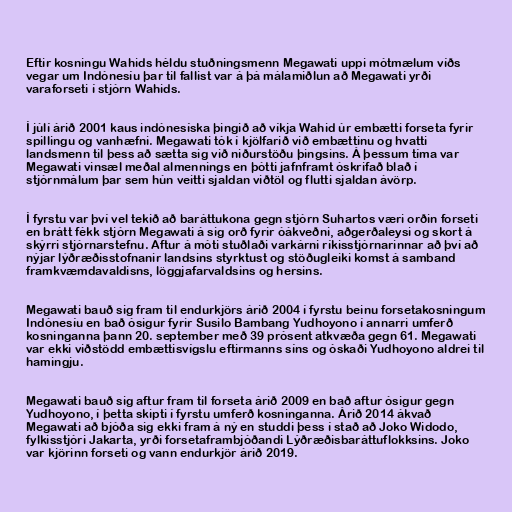
Eftir kosningu Wahids héldu stuðningsmenn Megawati uppi mótmælum víðs
vegar um Indónesíu þar til fallist var á þá málamiðlun að Megawati yrði
varaforseti í stjórn Wahids.

Í júlí árið 2001 kaus indónesíska þingið að víkja Wahid úr embætti forseta fyrir
spillingu og vanhæfni. Megawati tók í kjölfarið við embættinu og hvatti
landsmenn til þess að sætta sig við niðurstöðu þingsins. Á þessum tíma var
Megawati vinsæl meðal almennings en þótti jafnframt óskrifað blað í
stjórnmálum þar sem hún veitti sjaldan viðtöl og flutti sjaldan ávörp.

Í fyrstu var því vel tekið að baráttukona gegn stjórn Suhartos væri orðin forseti
en brátt fékk stjórn Megawati á sig orð fyrir óákveðni, aðgerðaleysi og skort á
skýrri stjórnarstefnu. Aftur á móti stuðlaði varkárni ríkisstjórnarinnar að því að
nýjar lýðræðisstofnanir landsins styrktust og stöðugleiki komst á samband
framkvæmdavaldisns, löggjafarvaldsins og hersins.

Megawati bauð sig fram til endurkjörs árið 2004 í fyrstu beinu forsetakosningum
Indónesíu en bað ósigur fyrir Susilo Bambang Yudhoyono í annarri umferð
kosninganna þann 20. september með 39 prósent atkvæða gegn 61. Megawati
var ekki viðstödd embættisvígslu eftirmanns síns og óskaði Yudhoyono aldrei til
hamingju.

Megawati bauð sig aftur fram til forseta árið 2009 en bað aftur ósigur gegn
Yudhoyono, í þetta skipti í fyrstu umferð kosninganna. Árið 2014 ákvað
Megawati að bjóða sig ekki fram á ný en studdi þess í stað að Joko Widodo,
fylkisstjóri Jakarta, yrði forsetaframbjóðandi Lýðræðisbaráttuflokksins. Joko
var kjörinn forseti og vann endurkjör árið 2019.